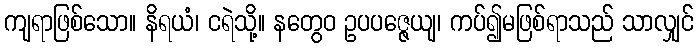
ကျရာဖြစ်သော။ နိရယံ၊ ငရဲသို့။ နတွေဝ ဥပပဇ္ဇေယျ၊ ကပ်၍မဖြစ်ရာသည် သာလျှင်